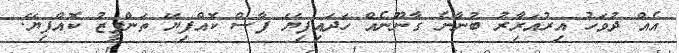
އެއް ދުވަހު އިރުއަރާިރު ބުނާނެ ގާނޫނެއް ހަދައިފިޔޭ ފާސް ކޮއްފިޔޭ ތަންފީޒު ކޮއްފިޔޭ.